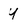
Character: y